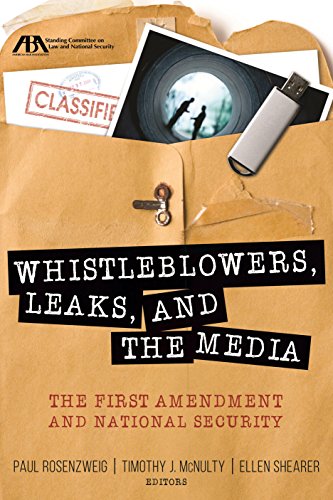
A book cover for Whistleblowers, Leaks, and the Media: The First Amendment and National Security; Paul Rosenzweig; Law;